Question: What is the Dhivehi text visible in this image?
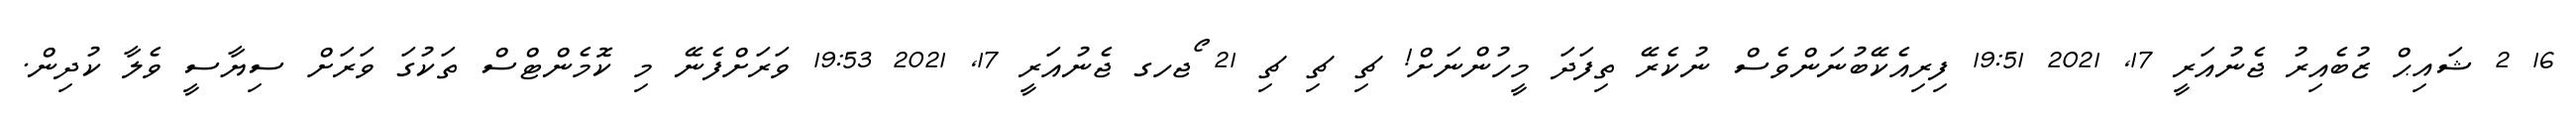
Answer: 16 2 ޝައިޙް ޒުބެއިރު ޖެނުއަރީ 17, 2021 19:51 ފިރިއެކޭބުނަންވެސް ނުކެރޭ ތިފަދަ މީހުންނަށް! ޗި ޗި ޗި 21 ޯޖހގ ޖެނުއަރީ 17, 2021 19:53 ވަރަށްފެނޭ މި ކޮމެންޓްސް ތަކުގަ ވަރަށް ސިޔާސީ ވެލާ ކުދިން.